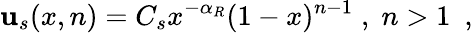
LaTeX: \mathbf{u}_{s}(x,n)=C_{s}x^{-\alpha_{R}}(1-x)^{n-1}\; ,\; n>1\ \ ,